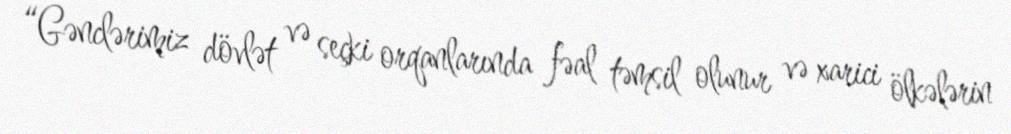
“Gənclərimiz dövlət və seçki orqanlarında fəal təmsil olunur və xarici ölkələrin